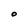
Character: O